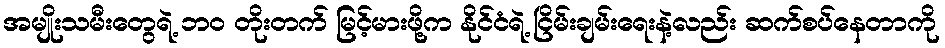
အမျိုးသမီးတွေရဲ့ ဘဝ တိုးတက် မြင့်မားဖို့က နိုင်ငံရဲ့ ငြိမ်းချမ်းရေးနဲ့လည်း ဆက်စပ်နေတာကို